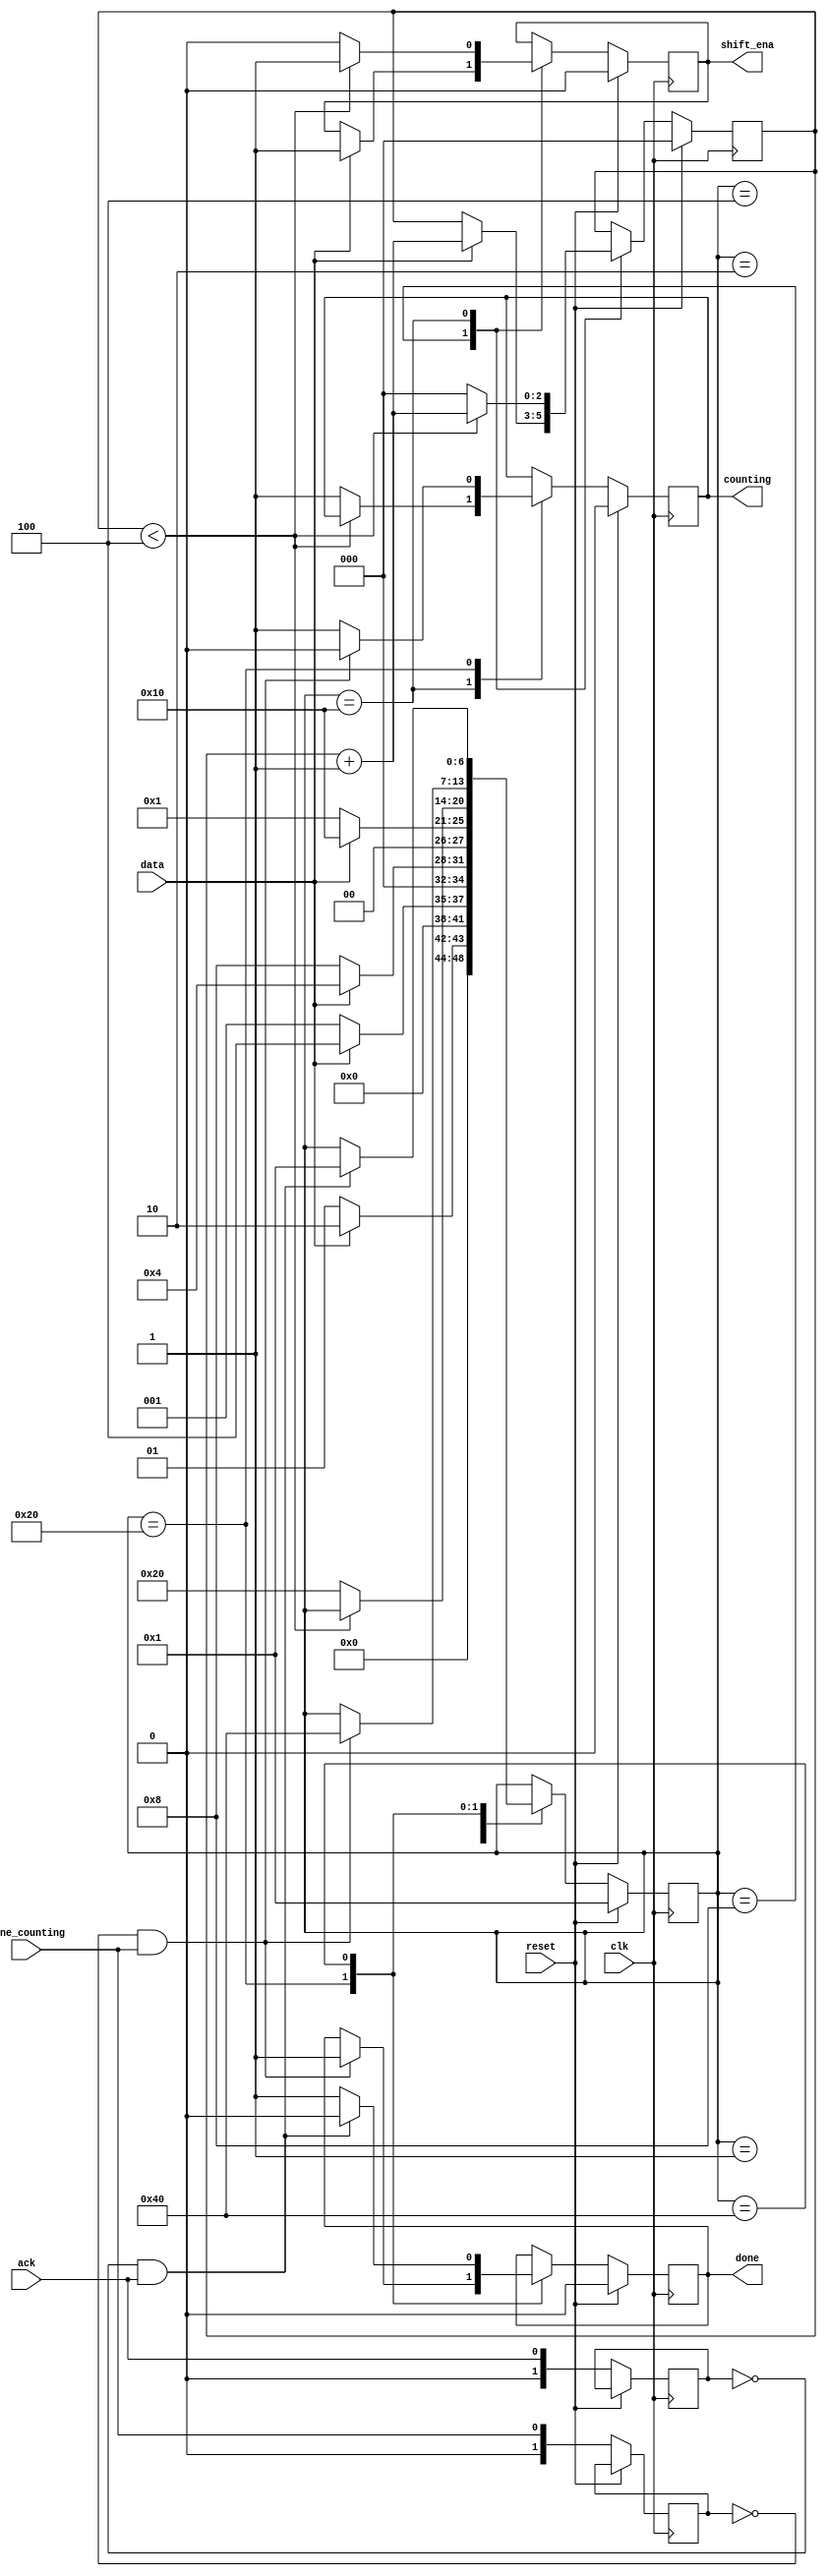
module top_module (
    input clk,
    input reset,      // Synchronous reset
    input data,
    output shift_ena,
    output counting,
    input done_counting,
    output done,
    input ack );
    //////////////////////////////////////////////////////////
    reg [6:0] state;
    
    parameter rst = 7'b0000001;	//	reset
    parameter s1 = 7'b0000010;	//	1 found
    parameter s2 = 7'b0000100;	//	11 found
    parameter s3 = 7'b0001000;	//	110 found
    parameter s4 = 7'b0010000;	//	1101 found (complete)
    parameter s5 = 7'b0100000;
    parameter s6 = 7'b1000000;
    //////////////////////////////////////////////////////////
    
    reg [2:0] count;
    reg [1:0] done_counting_1d;
    reg [1:0] ack_1d;

    always @ (posedge clk) begin    
        	if (reset) begin
        		shift_ena <= 0;
                state <= rst;
                count <= 0;
                counting <= 0;
                done <= 0;
        	end
        	else begin
            	case (state) 
            		rst: begin
                    	if (data == 1) begin state <= s1; end
                		else begin state <= rst; end
                	end
                
                	s1: begin
                    	if (data == 1) begin state <= s2; end
                		else begin state <= rst; end
                	end
                
                	s2: begin
                    	if (data == 1) begin state <= s2; end
                		else begin state <= s3; end
                	end
                    
                	s3: begin
                        if (data == 1) begin 
                            state <= s4; 
                            shift_ena <= 1; 
                            count <= count + 1;
                        end
                		else begin state <= rst; end
                	end
                    
                	s4: begin
                        if (count < 4) begin
                        	shift_ena <= 1;
                            count <= count + 1;
                        end
                        
                        else begin
                            shift_ena <= 0;
                            counting <= 1;
                            state <= s5;
                            count <= 0;
                        end
                	end
                    
                    s5: begin
                        if (!done_counting_1d && done_counting) begin
                        	counting <= 0;
                            done <= 1;
                            state <= s6;
                        end
                        else begin
                        	counting <= 1;
                        end
                    end
                    
                    s6: begin
                        if (!ack_1d && ack) begin
                        	done <= 0;
                            state <= rst;
                        end
                        else begin
                        	done <= 1;
                        end
                    end
            	endcase
                
                done_counting_1d = done_counting;  
                ack_1d = ack;
                
        	end
    end

endmodule